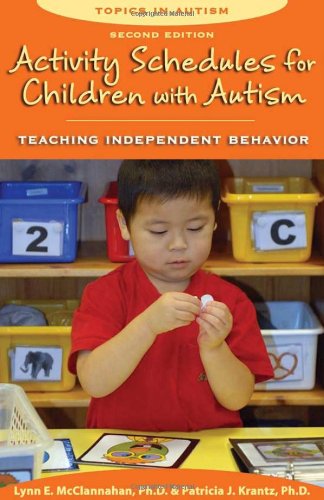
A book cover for Activity Schedules for Children With Autism, Second Edition: Teaching Independent Behavior (Topics in Autism); Lynn E. McClannahan; Health, Fitness & Dieting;